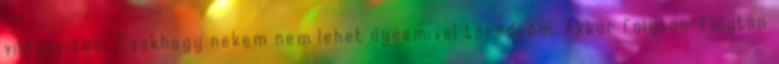
világosítani. Csakhogy nekem nem lehet ilyesmivel törődnöm. Akkor folyton-folyton